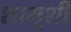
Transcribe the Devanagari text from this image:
शामूशी